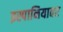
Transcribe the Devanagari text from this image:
इस्पानियावर